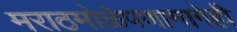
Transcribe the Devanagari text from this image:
मराठमोळेपणामागेही